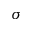
\sigma